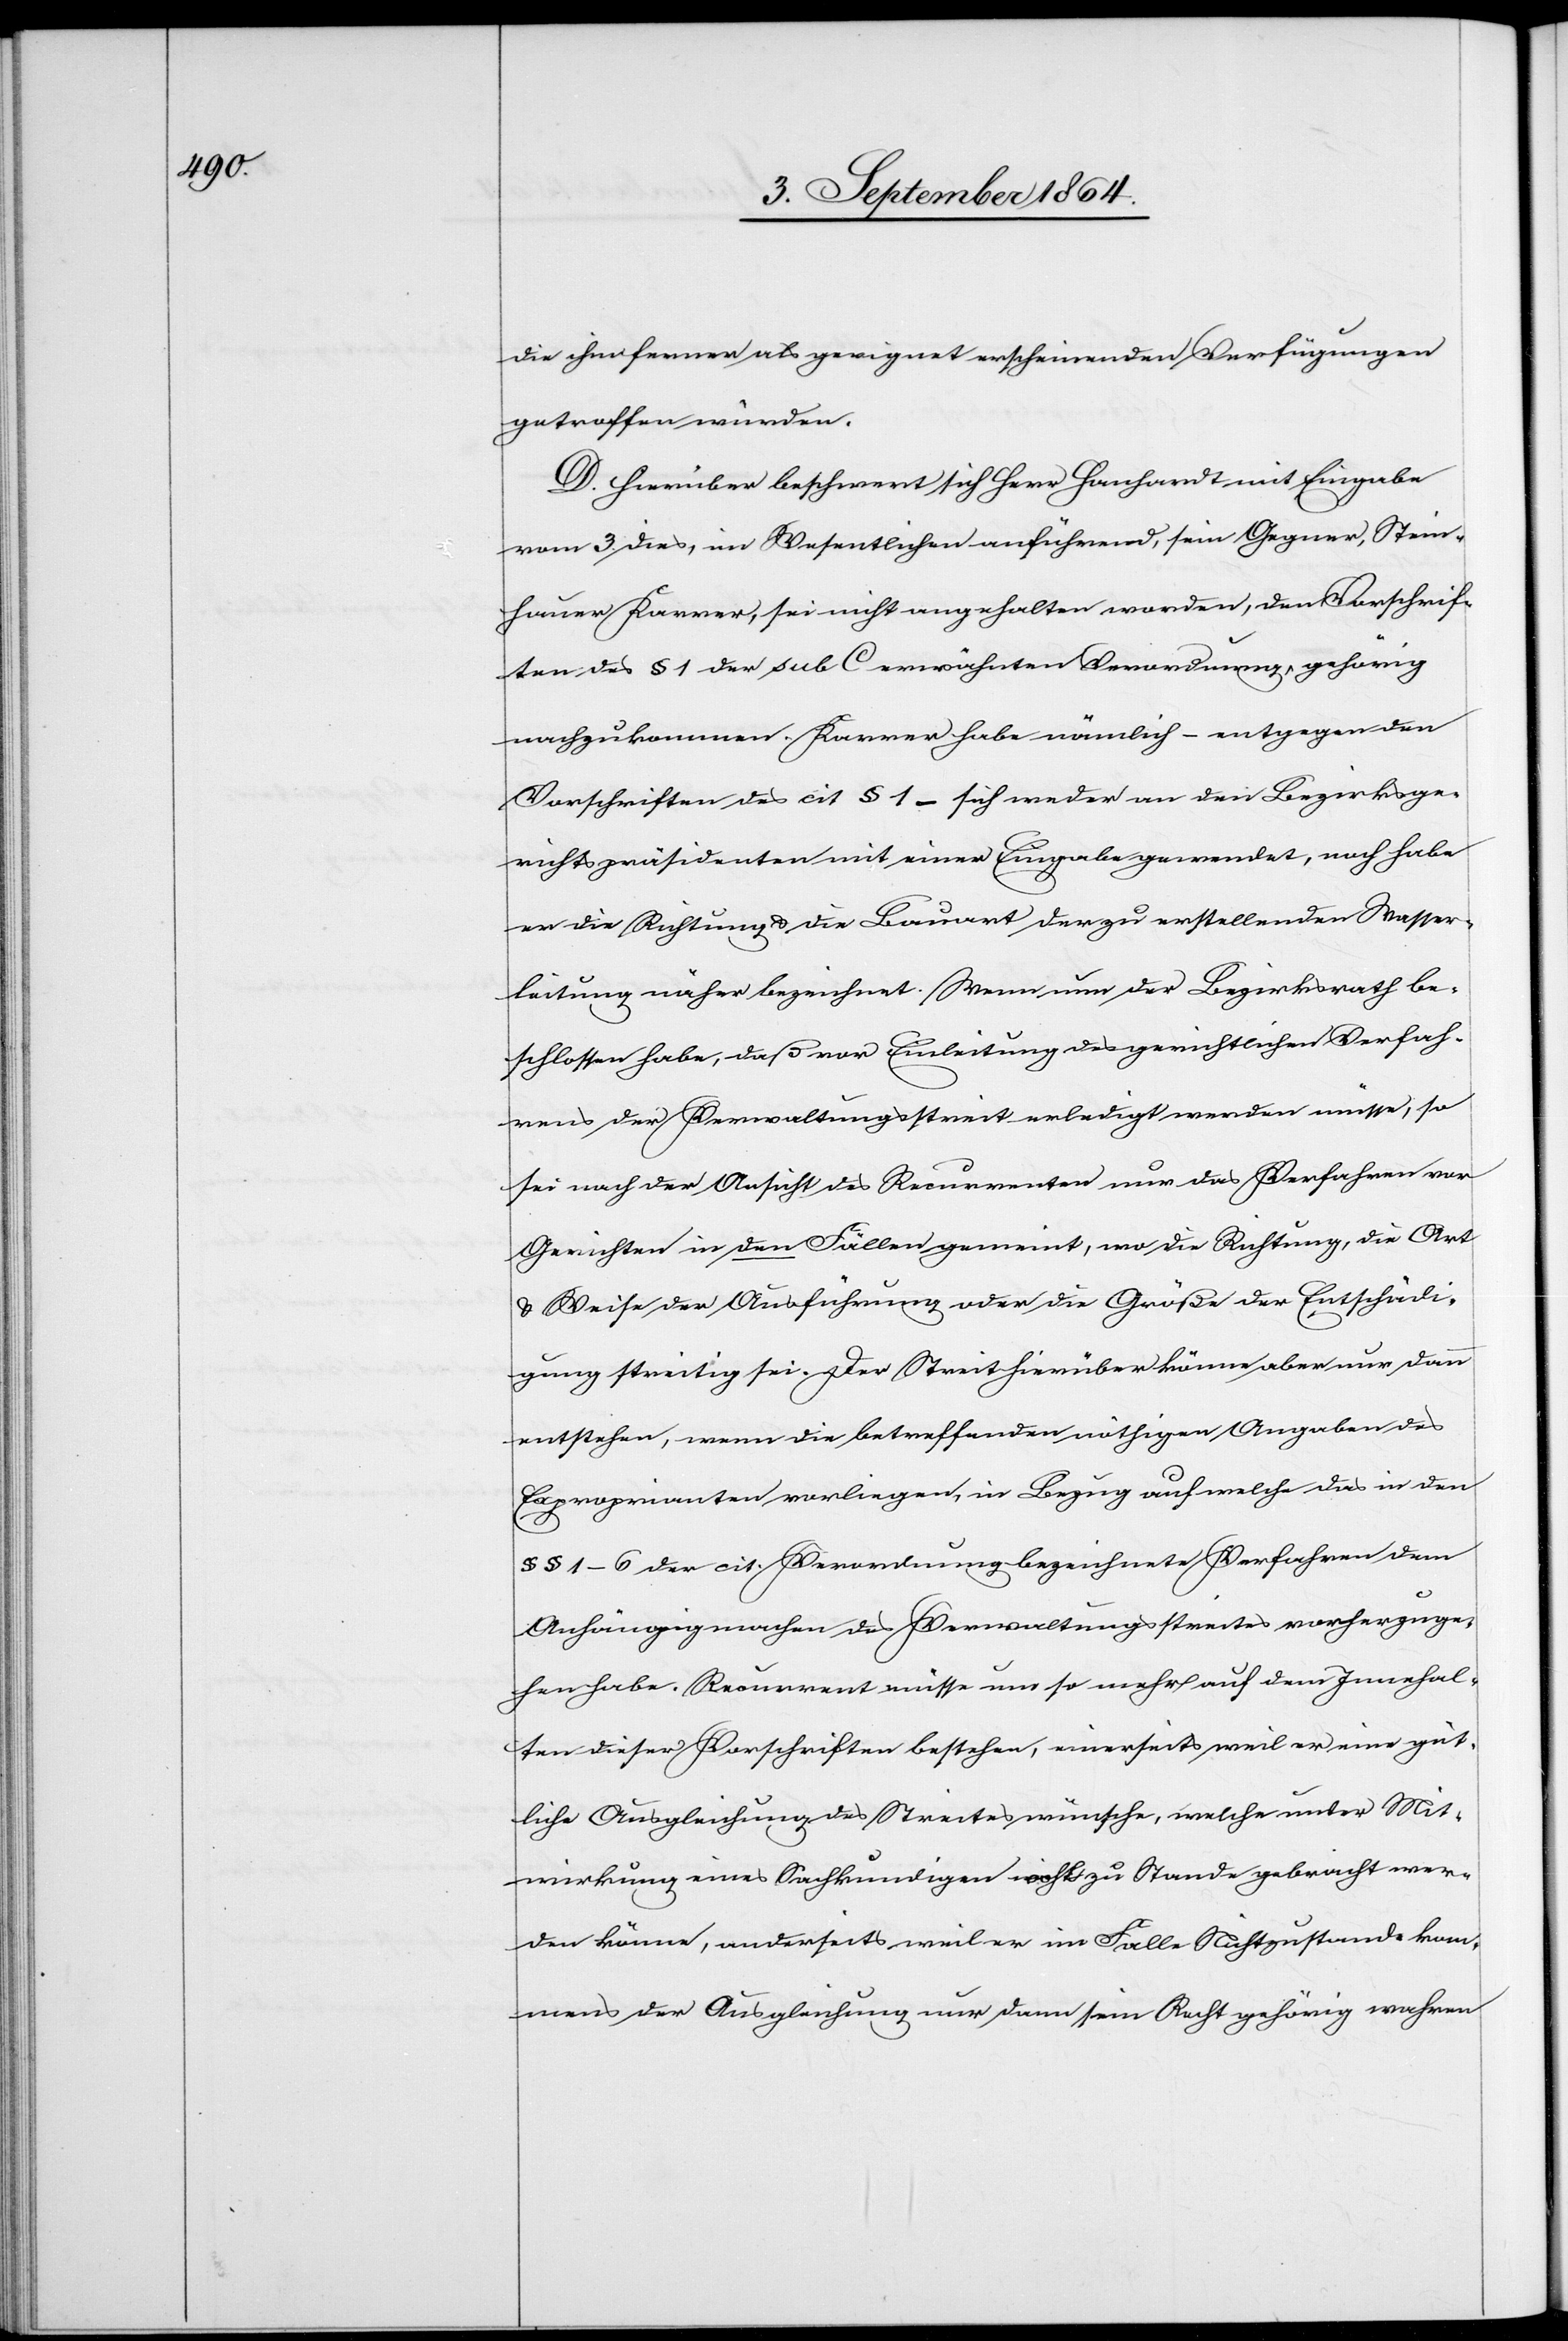
die ihm ferner als geeignet erscheinenden Verfügungen
getroffen würden.
D. Hierüber beschwert sich Herr Hanhardt mit Eingabe
vom 3. dies, im Wesentlichen anführend, sein Gegner, Stein¬
hauer Karrer, sei nicht angehalten worden, den Vorschrif¬
ten des § 1 der sub C erwähnten Verordnung, gehörig
nachzukommen. Karrer habe nämlich – entgegen den
Vorschriften des cit. § 1 – sich weder an den Bezirksge¬
richtspräsidenten mit einer Eingabe gewendet, noch habe
er die Richtung & die Bauart der zu erstellenden Wasser¬
leitung näher bezeichnet. Wenn nun der Bezirksrath be¬
schlossen habe, daß vor Einleitung des gerichtlichen Verfah¬
rens der Verwaltungsstreit erledigt werden müsse, so
sei nach der Ansicht des Recurrenten nur das Verfahren vor
Gerichten in den Fällen gemeint, wo die Richtung, die Art
& Weise der Ausführung oder die Größe der Entschädi¬
gung streitig sei. Der Streit hierüber könne aber nur dann
entstehen, wenn die betreffenden nöthigen Angaben des
Exproprianten vorliegen, in Bezug auf welche das in den
§§ 1–6 der cit. Verordnung bezeichnete Verfahren dem
Anhängigmachen des Verwaltungsstreites vorherzuge¬
hen habe. Recurrent müsse um so mehr auf dem Innehal¬
ten dieser Vorschriften bestehen, einerseits weil er eine güt¬
liche Ausgleichung des Streites wünsche, welche unter Mit¬
wirkung eines Sachkundigen nicht wohl zu Stande gebracht wer¬
den könne, anderseits weil er im Falle Nichtzustandekom¬
mens der Ausgleichung nur dann sein Recht gehörig machen